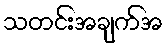
သတင်းအချက်အ